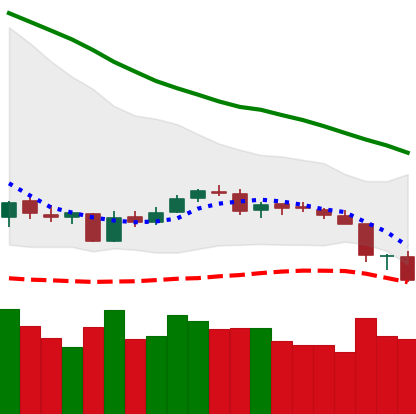
Ticker: NEO-USD
Chart end date: 2018-06-12
Forward return: -6.581%
Label: down_5_7